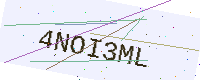
Text: 4NOI3ML